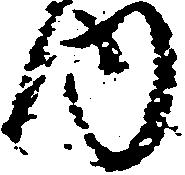
内